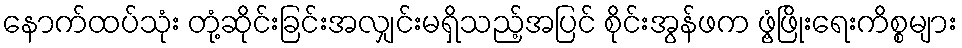
နောက်ထပ်သုံး တုံ့ဆိုင်းခြင်းအလျှင်းမရှိသည့်အပြင် စိုင်းအွန်ဖက ဖွံ့ဖြိုးရေးကိစ္စများ